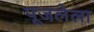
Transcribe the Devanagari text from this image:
पूजलेला